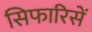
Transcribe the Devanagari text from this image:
सिफारिसें